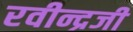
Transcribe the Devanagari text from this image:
रवीन्द्रजी